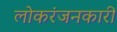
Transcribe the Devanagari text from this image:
लोकरंजनकारी